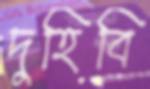
দুহিবি